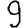
Digit: 9